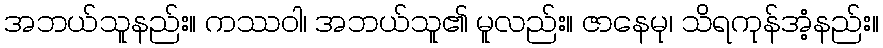
အဘယ်သူနည်း။ ကဿဝါ၊ အဘယ်သူ၏ မူလည်း။ ဇာနေမု၊ သိရကုန်အံ့နည်း။